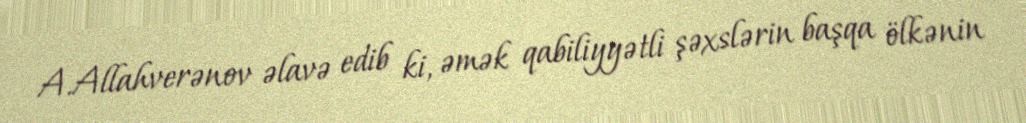
A.Allahverənov əlavə edib ki, əmək qabiliyyətli şəxslərin başqa ölkənin